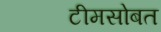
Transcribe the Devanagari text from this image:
टीमसोबत